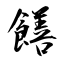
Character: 饍